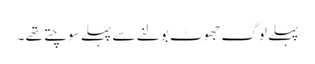
پہلے لوگ جھوٹ بولنے سے پہلے سوچتے تھے ۔